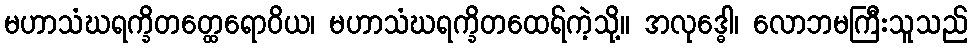
မဟာသံဃရက္ခိတတ္ထေရောဝိယ၊ မဟာသံဃရက္ခိတထေရ်ကဲ့သို့။ အလုဒ္ဓေါ၊ လောဘမကြီးသူသည်